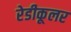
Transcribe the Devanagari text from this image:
रेडीकूलर